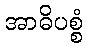
အာဓိပစ္စံ